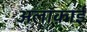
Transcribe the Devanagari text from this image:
अलॉक़ाई